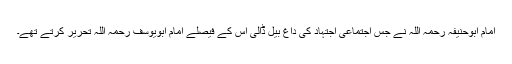
امام ابوحنیفہ رحمہ اللہ نے جس اجتماعی اجتہاد کی داغ بیل ڈالی اس کے فیصلے امام ابویوسف رحمہ اللہ تحریر کرتے تھے۔